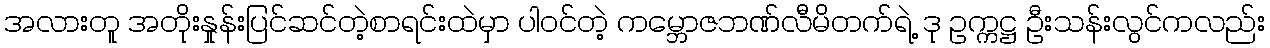
အလားတူ အတိုးနှုန်းပြင်ဆင်တဲ့စာရင်းထဲမှာ ပါဝင်တဲ့ ကမ္ဘောဇဘဏ်လီမိတက်ရဲ့ ဒု ဥက္ကဋ္ဌ ဦးသန်းလွင်ကလည်း